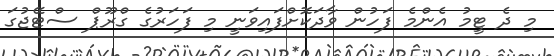
މި ދެ ޓީމު އެންމެ ފަހުން ވާދަކޮށްފައިވަނީ މި ފަހަރުގެ ގްރޫޕް ސްޓޭޖުގަ